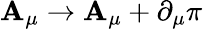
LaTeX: \mathbf{A}_{\mu}\to\mathbf{A}_{\mu}+\partial_{\mu}\pi